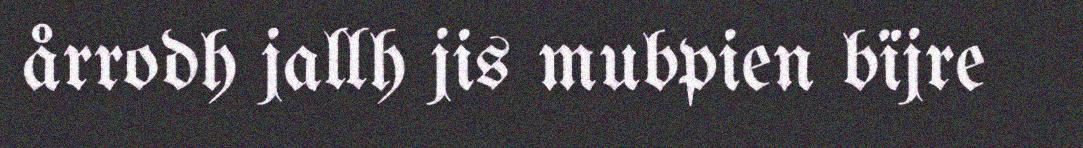
årrodh jallh jis mubpien bïjre